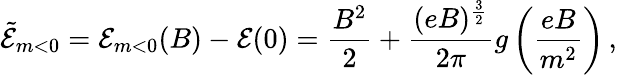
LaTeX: {\tilde{\cal{E}}}_{m<0}={\cal{E}}_{m<0}(B)-{\cal{E}}(0)=\frac{B^{2}}{2}+\frac{(eB)^{\frac{3}{2}}}{2\pi}g\left(\frac{eB}{m^{2}}\right)\, ,